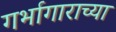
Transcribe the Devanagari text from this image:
गर्भागाराच्या